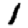
Digit: 1